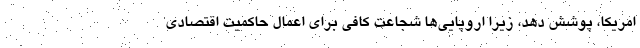
امریکا، پوشش دهد، زیرا اروپایی‌ها شجاعت کافی برای اعمال حاکمیت اقتصادی